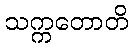
သက္ကတောတိ